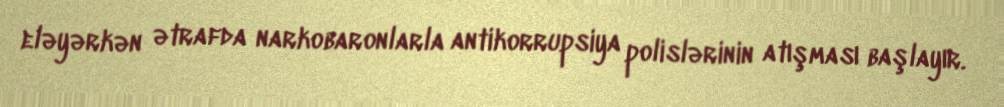
eləyərkən ətrafda narkobaronlarla antikorrupsiya polislərinin atışması başlayır.